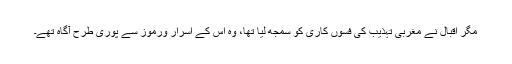
مگر اقبال نے مغربی تہذیب کی فسوں کاری کو سمجھ لیا تھا، وہ اس کے اسرار ورموز سے پوری طرح آگاہ تھے۔